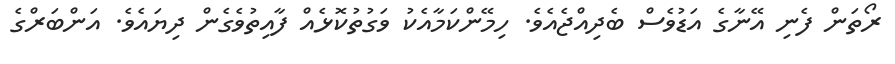
ރޯތަން ފެނި އޭނާގެ އަޑުވެސް ބެދިއްޖެއެވެ. ހިމޭންކަމާއެކު ވަގުތުކޮޅެއް ފާއިތުވެގެން ދިޔައެވެ. އަންބަރްގެ